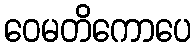
ဝေမတိကောပေ